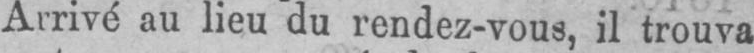
Arrivé au lieu du rendez-vous, il trouva